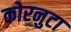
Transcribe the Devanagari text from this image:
कोरनुटा